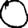
Digit: 0